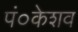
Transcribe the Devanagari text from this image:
पं०केशव